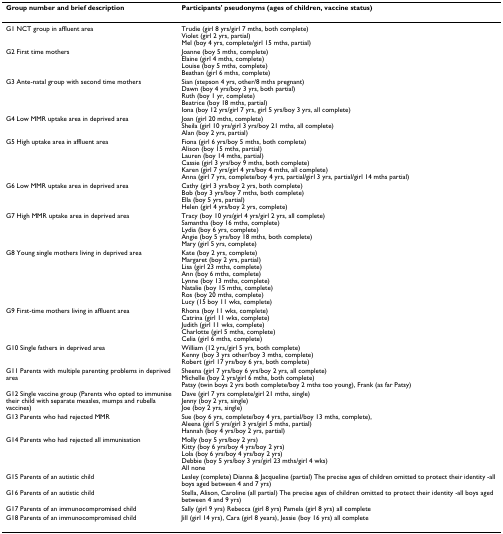
<table><thead><tr><td><b>Group number and brief description</b></td><td><b>Participants&#x27; pseudonyms (ages of children, vaccine status)</b></td></tr></thead><tbody><tr><td>G1 NCT group in affluent area</td><td>Trudie (girl 8 yrs/girl 7 mths, both complete)Violet (girl 2 yrs, partial)Mel (boy 4 yrs, complete/girl 15 mths, partial)</td></tr><tr><td>G2 First time mothers</td><td>Joanne (boy 5 mths, complete)Elaine (girl 4 mths, complete)Louise (boy 5 mths, complete)Beathan (girl 6 mths, complete)</td></tr><tr><td>G3 Ante-natal group with second time mothers</td><td>Sian (stepson 4 yrs, other/8 mths pregnant)Dawn (boy 4 yrs/boy 3 yrs, both partial)Ruth (boy 1 yr, complete)Beatrice (boy 18 mths, partial)Iona (boy 12 yrs/girl 7 yrs, girl 5 yrs/boy 3 yrs, all complete)</td></tr><tr><td>G4 Low MMR uptake area in deprived area</td><td>Joan (girl 20 mths, complete)Sheila (girl 10 yrs/girl 3 yrs/boy 21 mths, all complete)Alan (boy 2 yrs, partial)</td></tr><tr><td>G5 High uptake area in affluent area</td><td>Fiona (girl 6 yrs/boy 5 mths, both complete)Alison (boy 15 mths, partial)Lauren (boy 14 mths, partial)Cassie (girl 3 yrs/boy 9 mths, both complete)Karen (girl 7 yrs/girl 4 yrs/boy 4 mths, all complete)Anna (girl 7 yrs, complete/boy 4 yrs, partial/girl 3 yrs, partial/girl 14 mths partial)</td></tr><tr><td>G6 Low MMR uptake area in deprived area</td><td>Cathy (girl 3 yrs/boy 2 yrs, both complete)Bob (boy 3 yrs/boy 7 mths, both complete)Ella (boy 5 yrs, partial)Helen (girl 4 yrs/boy 2 yrs, complete)</td></tr><tr><td>G7 High MMR uptake area in deprived area</td><td>Tracy (boy 10 yrs/girl 4 yrs/girl 2 yrs, all complete)Samantha (boy 16 mths, complete)Lydia (boy 6 yrs, complete)Angie (boy 5 yrs/boy 18 mths, both complete)Mary (girl 5 yrs, complete)</td></tr><tr><td>G8 Young single mothers living in deprived area</td><td>Kate (boy 2 yrs, complete)Margaret (boy 2 yrs, partial)Lisa (girl 23 mths, complete)Ann (boy 6 mths, complete)Lynne (boy 13 mths, complete)Natalie (boy 15 mths, complete)Ros (boy 20 mths, complete)Lucy (15 boy 11 wks, complete)</td></tr><tr><td>G9 First-time mothers living in affluent area</td><td>Rhona (boy 11 wks, complete)Catrina (girl 11 wks, complete)Judith (girl 11 wks, complete)Charlotte (girl 5 mths, complete)Celia (girl 6 mths, complete)</td></tr><tr><td>G10 Single fathers in deprived area</td><td>William (12 yrs,/girl 5 yrs, both complete)Kenny (boy 3 yrs other/boy 3 mths, complete)Robert (girl 17 yrs/boy 6 yrs, both complete)</td></tr><tr><td>G11 Parents with multiple parenting problems in deprived area</td><td>Sheena (girl 7 yrs/boy 6 yrs/boy 2 yrs, all complete)Michelle (boy 2 yrs/girl 6 mths, both complete)Patsy (twin boys 2 yrs both complete/boy 2 mths too young), Frank (as far Patsy)</td></tr><tr><td>G12 Single vaccine group (Parents who opted to immunise their child with separate measles, mumps and rubella vaccines)</td><td>Dave (girl 7 yrs complete/girl 21 mths, single)Jenny (boy 2 yrs, single)Joe (boy 2 yrs, single)</td></tr><tr><td>G13 Parents who had rejected MMR</td><td>Sue (boy 6 yrs, complete/boy 4 yrs, partial/boy 13 mths, complete),Aleena (girl 5 yrs/girl 3 yrs/girl 5 mths, partial)Hannah (boy 4 yrs/boy 2 yrs, partial)</td></tr><tr><td>G14 Parents who had rejected all immunisation</td><td>Molly (boy 5 yrs/boy 2 yrs)Kitty (boy 6 yrs/boy 4 yrs/boy 2 yrs)Lola (boy 6 yrs/boy 4 yrs/boy 2 yrs)Debbie (boy 5 yrs/boy 3 yrs/girl 23 mths/girl 4 wks)All none</td></tr><tr><td>G15 Parents of an autistic child</td><td>Lesley (complete) Dianna &amp; Jacqueline (partial) The precise ages of children omitted to protect their identity -all boys aged between 4 and 7 yrs)</td></tr><tr><td>G16 Parents of an autistic child</td><td>Stella, Alison, Caroline (all partial) The precise ages of children omitted to protect their identity -all boys aged between 4 and 9 yrs)</td></tr><tr><td>G17 Parents of an immunocompromised child</td><td>Sally (girl 9 yrs) Rebecca (girl 8 yrs) Pamela (girl 8 yrs) all complete</td></tr><tr><td>G18 Parents of an immunocompromised child</td><td>Jill (girl 14 yrs), Cara (girl 8 years), Jessie (boy 16 yrs) all complete</td></tr></tbody></table>